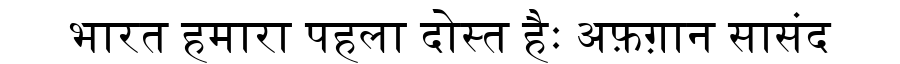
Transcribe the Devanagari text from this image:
भारत हमारा पहला दोस्त हैः अफ़ग़ान सासंद